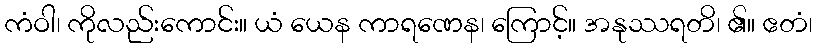
ကံဝါ၊ ကိုလည်းကောင်း။ ယံ ယေန ကာရဏေန၊ ကြောင့်။ အနုဿရတိ၊ ၏။ ဧတံ၊